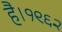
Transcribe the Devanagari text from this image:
है।१९६२